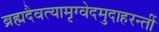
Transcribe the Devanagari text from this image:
ब्रह्मदैवत्यामृग्वेदमुदाहरन्तीं